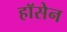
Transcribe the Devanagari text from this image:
हॉसेन